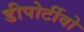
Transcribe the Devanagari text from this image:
डीपोर्टीवो